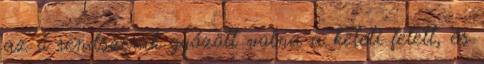
az ő rendszerük győzött volna a keleti felett, és